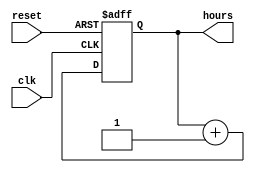
module hour_counter(
  input clk,
  input reset,
  output reg [4:0] hours
);

  always @(posedge clk or posedge reset) begin
    if (reset) begin
      hours <= 0;
    end else begin
      if (hours == 5'b101 && minutes == 5'b1111 && seconds == 5'b11111) begin
        hours <= 0;
      end else begin
        hours <= hours + 1;
      end
    end
  end

endmodule